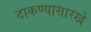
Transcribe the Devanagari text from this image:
टाकण्यासारखे